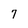
Character: 7